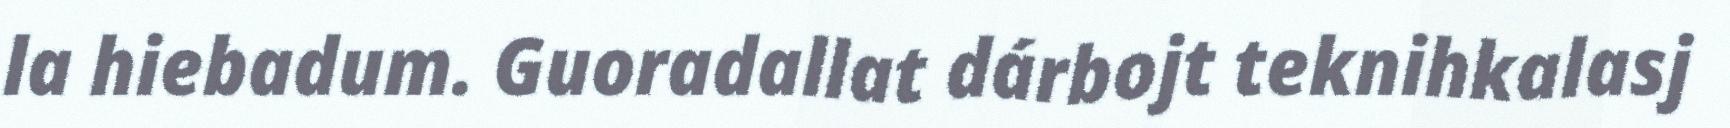
la hiebadum. Guoradallat dárbojt teknihkalasj